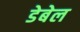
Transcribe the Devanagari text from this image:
डेबेल